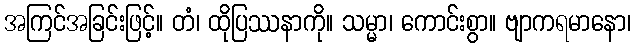
အကြင်အခြင်းဖြင့်။ တံ၊ ထိုပြဿနာကို။ သမ္မာ၊ ကောင်းစွာ။ ဗျာကရမာနော၊